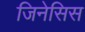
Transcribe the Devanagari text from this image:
जिनेसिस